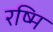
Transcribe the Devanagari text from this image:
रष्मि